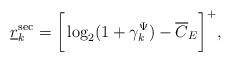
LaTeX: \begin{align*}\underline{r}_k^{\rm sec}=\bigg[\log_2(1+\gamma^{\Psi}_k)-\overline{C}_E\bigg]^+,\end{align*}